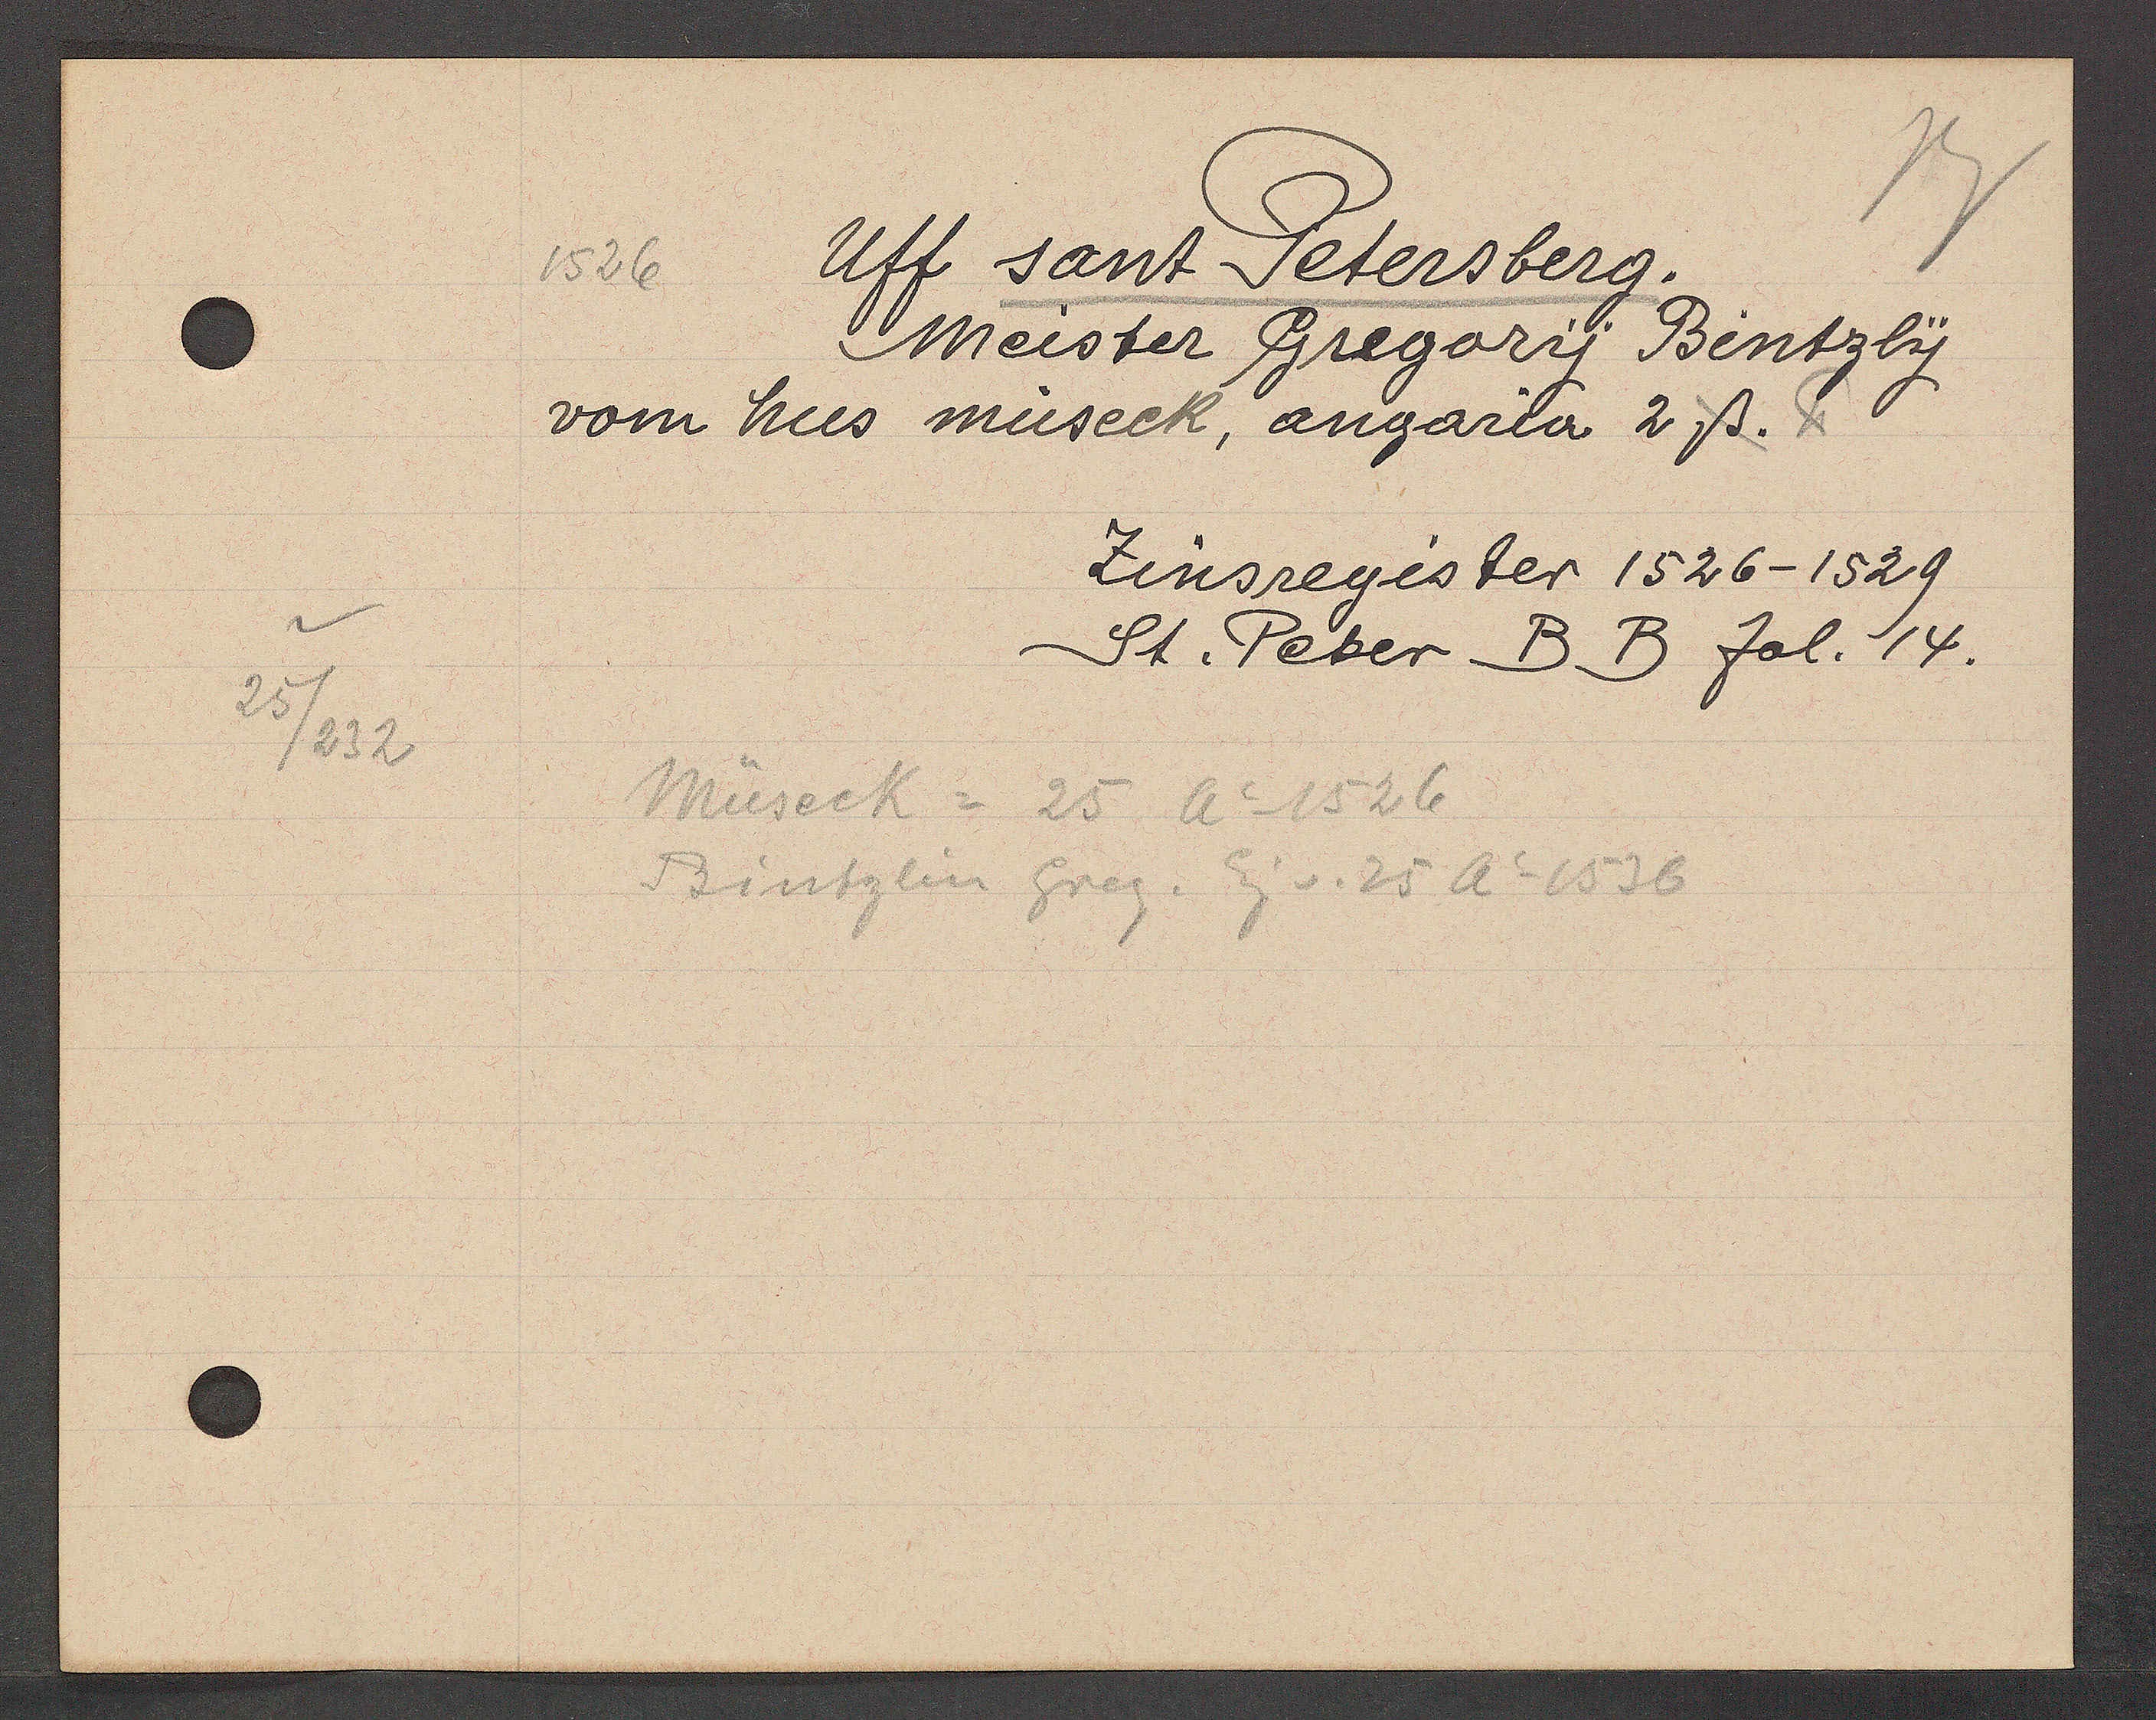
Transcript:
25
/232

1526
Uff sant Petersberg.

Meister Gregory Bentzly
vom hus müseck, angaria 2ß.

Zinsregister 1526-1529
St. Peter B B fol. 14.

Müseck = 25 Ao 1526
Bintzlin Greg. Eg v. 25 Ao 1536